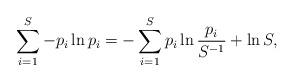
LaTeX: \begin{align*}\sum_{i=1}^S -p_i\ln p_i = - \sum_{i=1}^S p_i\ln \frac{p_i}{S^{-1}} + \ln S, \end{align*}